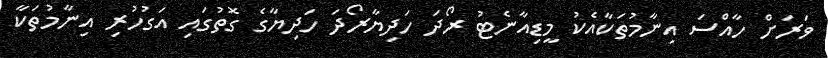
ވަރަށް ހާއްސަ އިނާމުތަކާއެކު މީޑިއާނެޓު ރޯދަ ހަދިޔާރޯދަ ހަދިޔާގެ ގޮތުގައި އަގުހުރި އިނާމުތަކާ